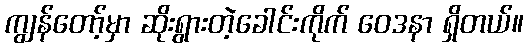
ကျွန်တော့်မှာ ဆိုးရွားတဲ့ခေါင်းကိုက် ဝေဒနာ ရှိတယ်။